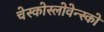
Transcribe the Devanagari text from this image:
चेस्कोस्लोवेन्स्को